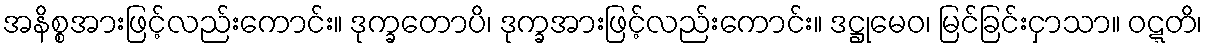
အနိစ္စအားဖြင့်လည်းကောင်း။ ဒုက္ခတောပိ၊ ဒုက္ခအားဖြင့်လည်းကောင်း။ ဒဋ္ဌုမေဝ၊ မြင်ခြင်းငှာသာ။ ဝဋ္ဋတိ၊